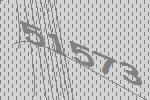
51573